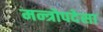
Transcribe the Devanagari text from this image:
मन्त्रोपदेसा